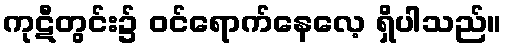
ကုဋီတွင်း၌ ဝင်ရောက်နေလေ့ ရှိပါသည်။